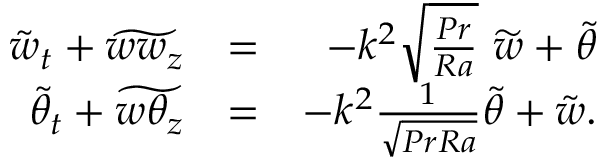
\begin{array} { r l r } { \tilde { w } _ { t } + \widetilde { w w _ { z } } } & { = } & { - k ^ { 2 } \sqrt { \frac { P r } { R a } } \ \widetilde { w } + \tilde { \theta } } \\ { \tilde { \theta } _ { t } + \widetilde { w \theta _ { z } } } & { = } & { - k ^ { 2 } \frac { 1 } { \sqrt { P r R a } } \widetilde { \theta } + \tilde { w } . } \end{array}